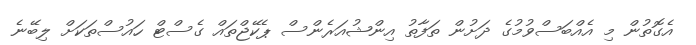
އެގޮތުން މި އެއްބަސްވުމުގެ ދަށުން ތަފާތު އިންޝުއަރެންސް ޕެކޭޖްތައް ގެސްޓް ހައުސްތަކަށް ލިބޭނެ